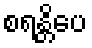
စရန္တိပေ